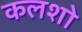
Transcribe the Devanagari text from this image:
कलशो